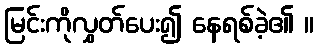
မြင်းကိုလွှတ်ပေး၍ နေရစ်ခဲ့၏ ။